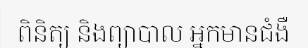
ពិនិត្យ និងព្យាបាល អ្នកមានជំងឺ